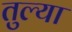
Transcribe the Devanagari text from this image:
तुल्या